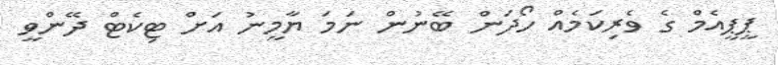
ޕީޕީއެމް ގެ ވެރިކަމެއް ހޯދަން ބޭނުން ނަމަ ޔާމީނު އަށް ޓިކެޓް ދޭންވީ